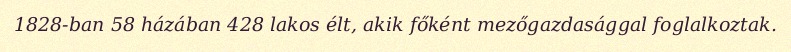
1828-ban 58 házában 428 lakos élt, akik főként mezőgazdasággal foglalkoztak.